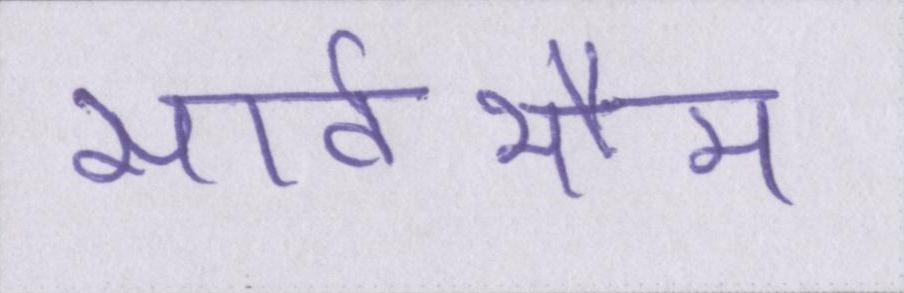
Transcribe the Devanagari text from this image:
सार्वभौम